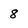
Character: 8